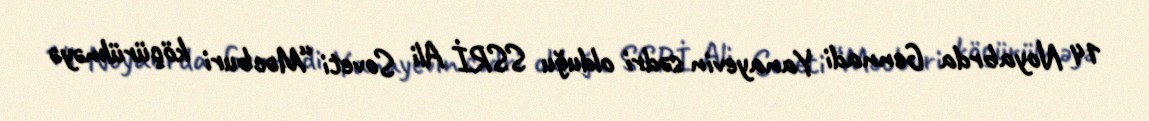
14 Noyabrda Gennadi Yanayevin sədri olduğu SSRİ Ali Soveti “Məcburi köçürülməyə